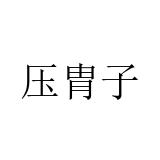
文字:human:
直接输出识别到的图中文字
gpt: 压胄子